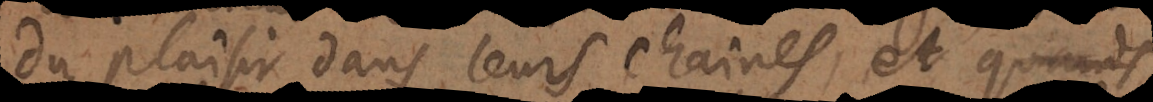
du plaisir dans leurs chaines, et quand